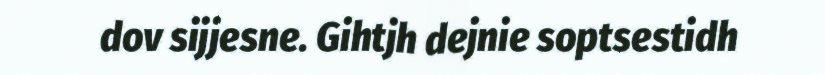
dov sijjesne. Gihtjh dejnie soptsestidh